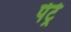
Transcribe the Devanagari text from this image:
पेट्रे